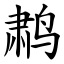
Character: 鹔